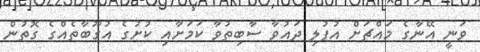
ވަނީ އޭނާގެ މައްޗަށް އުފުލި ދައުވާ ސާބިތުވާ ކަމަށާއި ކުށުގެ އުގޫބާތެއްގެ ގޮތުން